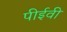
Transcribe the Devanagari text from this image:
पीईवी